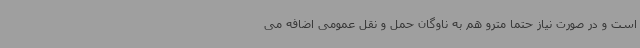
است و در صورت نیاز حتما مترو هم به ناوگان حمل و نقل عمومی اضافه می